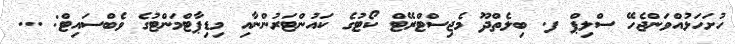
ހުށަހަޅުއްވަންޖެހޭ ސްލިޕް ފ. ބިލެތްދޫ މެޖިސްޓްރޭޓް ކޯޓުގެ ކައުންޓަރުންނާއި މިޑިޕާޓްމަންޓުގެ ވެބްސައިޓް: ...